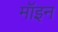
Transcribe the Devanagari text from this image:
मॉइन